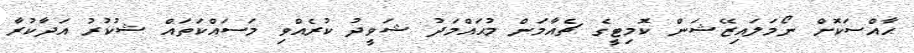
ޙާއްސަކޮށް ނޯމަލައިޒޭޝަން ކޮމިޓީގެ ޗެއާމަން މުޙައްމަދު ޝަވީދު ކުރެއްވި މަސައްކަތައް ޝުކުރު އަދާކުރާ